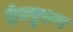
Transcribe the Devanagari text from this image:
देवपुरुष